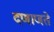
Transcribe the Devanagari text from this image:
दणाणते